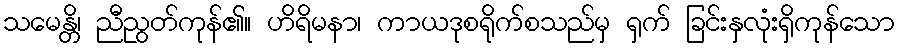
သမေန္တိ၊ ညီညွတ်ကုန်၏။ ဟိရိမနာ၊ ကာယဒုစရိုက်စသည်မှ ရှက် ခြင်းနှလုံးရှိကုန်သော